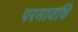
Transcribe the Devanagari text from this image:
परमावधि